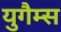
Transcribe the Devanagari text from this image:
युगैम्स